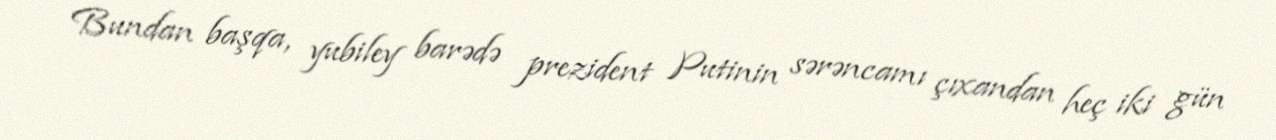
Bundan başqa, yubiley barədə prezident Putinin sərəncamı çıxandan heç iki gün